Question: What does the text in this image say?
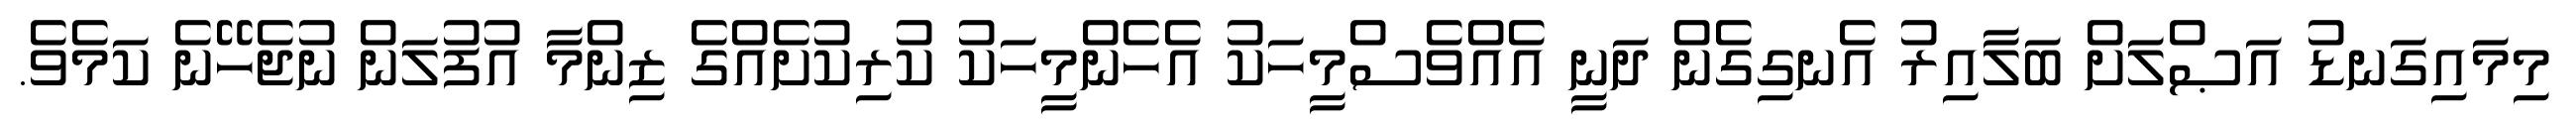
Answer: މިމައިގަނޑު އަޞްލަށް ބަލާއިރު އެނގިގެން ދަނީ އެއްވެސްމީހަކު އެހެންމީހަކު ކުރިކުށެއްގެ ޒިންމާ އުފުލަން ނުޖެހޭނެ ކަމެވެ.